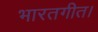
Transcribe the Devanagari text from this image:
भारतगीत।